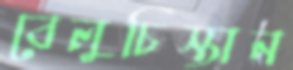
বেলুচিস্তান